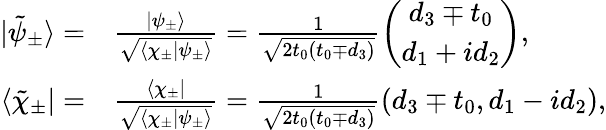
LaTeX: \begin{array}{rl}{|\tilde{\psi}_{\pm}\rangle=}&{{}\frac{|\psi_{\pm}\rangle}{\sqrt{\langle\chi_{\pm}|\psi_{\pm}\rangle}}=\frac{1}{\sqrt{2t_{0}(t_{0}\mp d_{3})}}\left(\begin{array}{c}{d_{3}\mp t_{0}}\\ {d_{1}+id_{2}}\end{array}\right),}\\ {\langle\tilde{\chi}_{\pm}|=}&{{}\frac{\langle\chi_{\pm}|}{\sqrt{\langle\chi_{\pm}|\psi_{\pm}\rangle}}=\frac{1}{\sqrt{2t_{0}(t_{0}\mp d_{3})}}(d_{3}\mp t_{0},d_{1}-id_{2}),}\end{array}